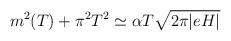
LaTeX: \begin{align*}m^2(T) + \pi^2 T^2 \simeq \alpha T \sqrt{2 \pi |eH|} \end{align*}